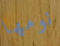
نومها